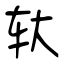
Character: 轪